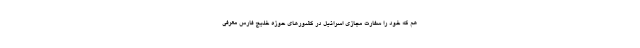
هم که خود را سفارت مجازی اسرائیل در کشورهای حوزه خلیج فارس معرفی